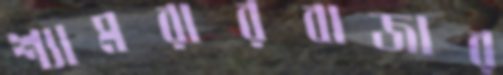
শ্যামরারবাজার